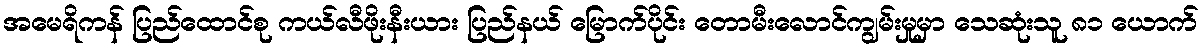
အမေရိကန် ပြည်ထောင်စု ကယ်လီဖိုးနီးယား ပြည်နယ် မြောက်ပိုင်း တောမီးလောင်ကျွမ်းမှုမှာ သေဆုံးသူ ၈၁ ယောက်